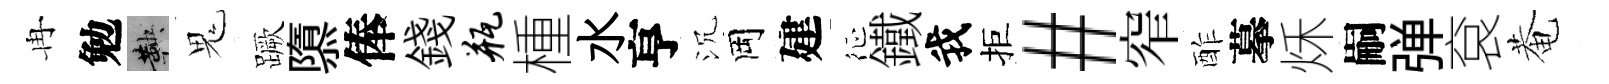
冉勉鞅鬼蹶隳俸錢瓶㮔水亨沉岡建征鐵我拒#窄酢摹秌嗣弹袞菴